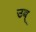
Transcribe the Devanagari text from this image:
उब्